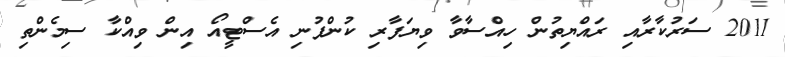
2011 ސަރުކާރާއި ރައްޔިތުން ހިއްސާވާ ވިޔަފާރި ކުންފުނި އެސްޓީއޯ އިން ވިއްކާ ސިމެންތި